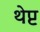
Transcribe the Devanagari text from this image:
थेप्ट